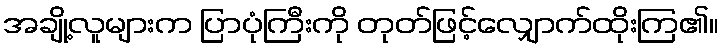
အချို့လူများက ပြာပုံကြီးကို တုတ်ဖြင့်လျှောက်ထိုးကြ၏။